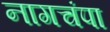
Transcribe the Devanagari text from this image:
नागचंपा